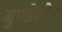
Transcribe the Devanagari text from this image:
बुण्डेस्टैग